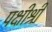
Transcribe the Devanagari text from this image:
पक्षीश्री